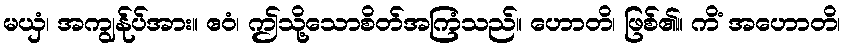
မယှံ၊ အကျွန်ုပ်အား။ ဧဝံ၊ ဤသို့သောစိတ်အကြံသည်။ ဟောတိ၊ ဖြစ်၏။ ကိံ အဟောတိ၊